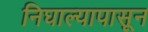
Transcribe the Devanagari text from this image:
निघाल्यापासून